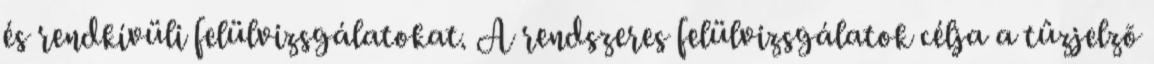
és rendkívüli felülvizsgálatokat. A rendszeres felülvizsgálatok célja a tûzjelzõ